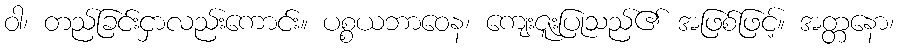
ဝါ၊ တည်ခြင်းငှာလည်းကောင်း။ ပစ္စယဘာဝေန၊ ကျေးဇူးပြုသည်၏ အဖြစ်ဖြင့်။ အတ္တနော၊